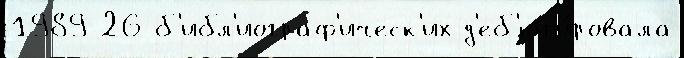
1989 26 б'ибл'иограф'ическ'их д'еб'ют'и́ровала